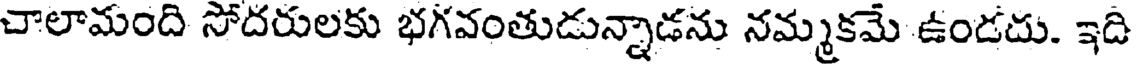
చాలామంది సోదరులకు భగవంతుడున్నాడను నమ్మకమే ఉండదు. ఇది